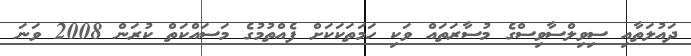
ދައުލަތާއި ސިވިލްސާވިސްގެ މުސާރަތައް ވަކި ހަމަތަކަކަށް ފެއްތުމުގެ މަސައްކަތް ކުރަން 2008 ވަނަ